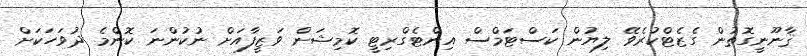
ޤާނޫނީގޮތުން ގެޒެޓްކުރެވޭ ލިޔުން ކަސްޓަމްސް އިންޓެގްރިޓީ ކޮމިޝަން ވަޒީފާއަށް ނުކުންނަ ކޮންމެ ދުވަހަކަށް